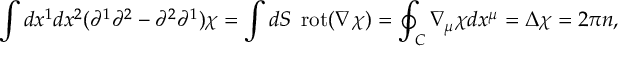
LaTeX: \int d x ^ { 1 } d x ^ { 2 } ( \partial ^ { 1 } \partial ^ { 2 } - \partial ^ { 2 } \partial ^ { 1 } ) \chi = \int d S \enspace \mathrm { r o t } ( \nabla \chi ) = \oint _ { C } \nabla _ { \mu } \chi d x ^ { \mu } = \Delta \chi = 2 \pi n ,